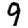
Digit: 9